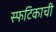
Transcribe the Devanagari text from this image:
स्फटिकाची